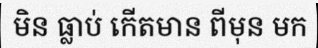
មិន ធ្លាប់ កើតមាន ពីមុន មក